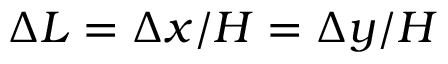
\Delta L = \Delta x / H = \Delta y / H